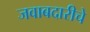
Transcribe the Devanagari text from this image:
जवाबदारीचे